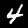
Digit: 4